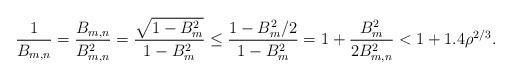
LaTeX: \begin{align*}\frac1{B_{m,n}}=\frac{B_{m,n}}{B_{m,n}^2}=\frac{\sqrt{1-B_m^2}}{1-B_m^2}\le\frac{1-B_m^2/2}{1-B_m^2}=1+\frac{B_m^2}{2B_{m,n}^2}<1+1.4\rho^{2/3}.\end{align*}